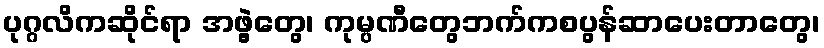
ပုဂ္ဂလိကဆိုင်ရာ အဖွဲ့တွေ၊ ကုမ္ပဏီတွေဘက်ကစပွန်ဆာပေးတာတွေ၊